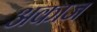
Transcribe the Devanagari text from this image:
अकाज